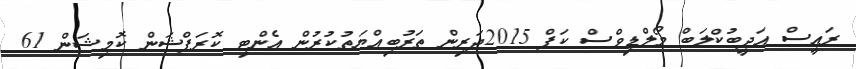
ރައީސް އަދީބުކްލަބް މޯލްޑިވްސް ކަޕް 2015ދަރިން ތަރުބިއްޔަތުކުރުން އެންޓި ކޮރަޕްޝަން ކޮމިޝަން 61